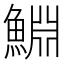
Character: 𬵞